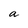
Character: a